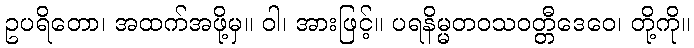
ဥပရိတော၊ အထက်အဖို့မှ။ ဝါ၊ အားဖြင့်။ ပရနိမ္မတဝသဝတ္တီဒေဝေ၊ တို့ကို။